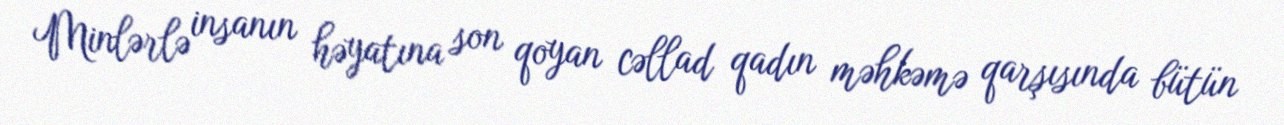
Minlərlə insanın həyatına son qoyan cəllad qadın məhkəmə qarşısında bütün